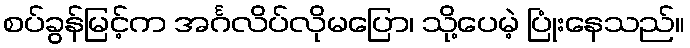
စပ်ခွန်မြင့်က အင်္ဂလိပ်လိုမပြော၊ သို့ပေမဲ့ ပြုံးနေသည်။